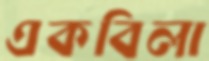
একবিলা